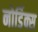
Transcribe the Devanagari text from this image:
नोर्डिक्स